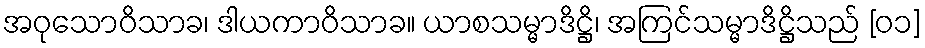
အဝုသောဝိသာခ၊ ဒါယကာဝိသာခ။ ယာစသမ္မာဒိဋ္ဌိ၊ အကြင်သမ္မာဒိဋ္ဌိသည် [၀၁]